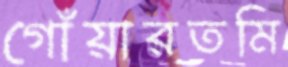
গোঁয়ারতমি